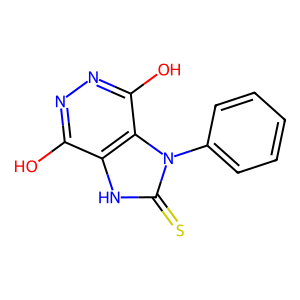
SMILES: Oc1nnc(O)c2c1[nH]c(=S)n2-c1ccccc1
Inhibits HIV replication: No